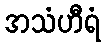
အသံဟီရံ